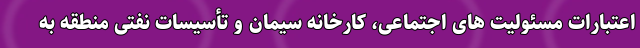
اعتبارات مسئولیت های اجتماعی، کارخانه سیمان و تأسیسات نفتی منطقه به